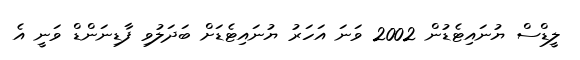
ލީޑްސް ޔުނައިޓެޑުން 2002 ވަނަ އަހަރު ޔުނައިޓެޑަށް ބަދަލުވި ފާޑިނަންޑް ވަނީ އެ